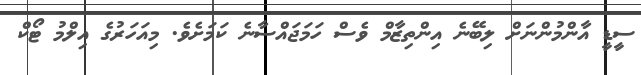
ސީޑީ އާންމުންނަށް ލިބޭނެ އިންތިޒާމް ވެސް ހަމަޖައްސާނެ ކަމަށެވެ. މިއަހަރުގެ އިލްމު ޓޯކް